Calcutta medical institutions reports 1892-1900
Year: 1892
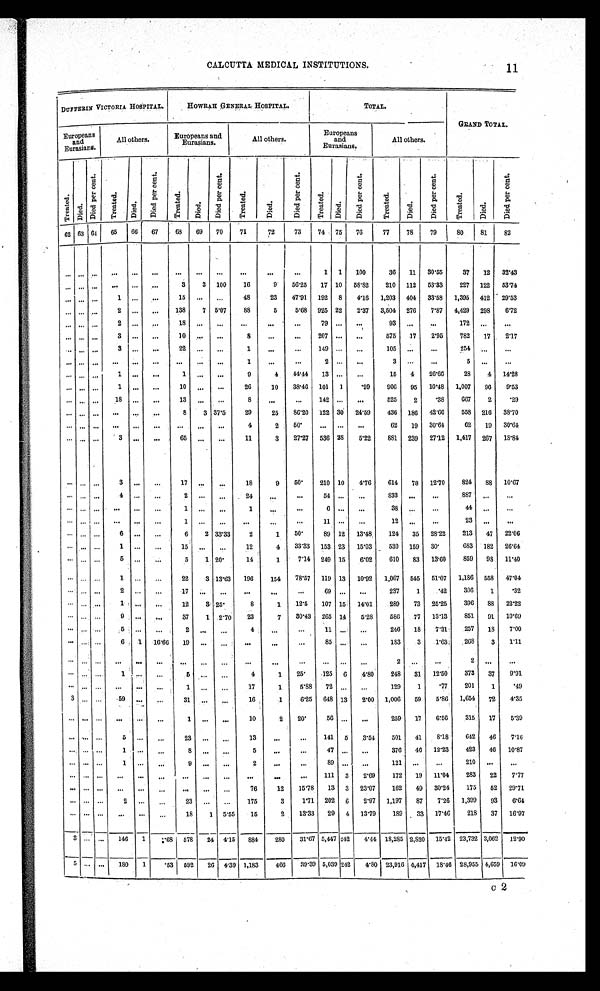
CALCUTTA MEDICAL INSTITUTIONS.
11
DUFFERI N VI CTORI A HOSPI TAL.
HOWRAH GENERAL HOSPITAL.
TOTAL.
GRAND TOTAL.
Europeans
and
Eurasians.
All others.
Europeans and
Eurasians.
All others.
Europeans
and
Eurasians.
All others.
T r e a t e d .
Died.
D i e d p e r c e n t .
T r e a t e d .
Died.
D i e d p e r c e n t .
T r e a t e d .
Di e d .
D i e d p e r c e n t .
T r e a t e d .
Died.
D i e d p e r c e n t .
T r e a t e d .
D i e d .
D i e d p e r c e n t .
T r e a t e d .
D i e d .
D i e d p e r c e n t .
T r e a t e d .
D i e d .
D i e d p e r c e n t .
62 63 64
65
66
67
68
69
70
71
72
73
74
75
76
77
78
79
80
81
82
. . . . . .
. . .
. . .
. . .
. . .
. . .
. . .
. . .
. . .
. . .
. . .
1
1
100
36
11
30.55
37
12
32.43
. . . . . .
. . .
. . .
. . .
. . .
3
3
100
16
9
56.25
17 10
58.82
210
112
53.33
227
122
53.74
. . . . . .
. . .
1 . . .
. . .
15
. . .
. . .
48
23
47.91
192
8
4.16
1,203
404
33.58
1,395
412
29.53
. . . . . .
. . .
2
. . .
. . .
138
7
5.07
88
5
5.68
925 22
2.37
3,504
276
7.87
4,429
298
6.72
. . . . . .
. . .
2
. . .
. . .
18
. . .
. . .
. . .
. . .
. . .
79 . . .
. . .
93
. . .
. . .
172
. . .
. . .
. . . . . .
. . .
3 . . .
. . .
10
. . . . . .
8
. . .
. . .
207 . . .
. . .
575
17
2.95
782
17
2.17
. . .. . .
. . .
3 . . .
. . .
22
. . .
. . .
1
. . .
. . .
149 . . .
. . .
105
. . .
. . .
254
. . .
. . .
. . .. . .
. . .
. . .
. . .
. . .
. . .
. . .
. . .
1
. . .
. . .
2
. . .
. . .
3 . . .
. . .
5
. . .
. . .
. . . . . .
. . .
1
. . .
. . .
1
. . .
. . .
9
4
44.44
13 . . .
. . .
15
4
26.66
28
4
14.28
. . . . . .
. . .
1
. . .
. . .
10
. . .
. . .
26
10
38.46
101
1
. 9 9
906
95
10.48
1,007
96
9.53
. . . . . .
. . .
18
. . .
. . .
13
. . .
. . .
8
. . .
. . .
142 . . .
. . .
525
2
. 3 8 667
2
.29
. . .. . .
. . .
. . . . . .
. . .
8
3 37.5
29
25
86.20
122 30
24.59
436
186
42.66
558
216
38.70
. . . . . .
. . .
. . . . . .
. . .
. . .
. . .
. . .
4
2 50.
. . .
. . . . . .
62
19
30.64
62
19
30.64
. . . . . .
. . .
3 . . .
. . .
65
. . .
. . .
11
3
27.27
536 28
5.22
881
239
27.12
1,417
267
18.84
. . .
. . .
. . .
3
. . .
. . .
17
. . .
. . .
18
9
50.
210 10
4.76
614
78
12.70
824
88
10.67
. . . . . .
. . .
4
. . .
. . .
2
. . .
. . .
24
. . .
. . .
54 . . .
. . .
833
. . .
. . .
887
. . .
. . .
. . .
. . .
. . .
. . .
. . .
. . .
1
. . .
. . .
1
. . .
. . .
6
. . .
. . .
38
. . .
. . .
44
. . .
. . .
. . . . . .
. . .
. . .
. . .
. . .
1
. . .
. . .
. . .
. . .
. . .
11 . . .
. . .
12
. . .
. . .
23
. . .
. . .
. . .
. . .
. . .
6 . . .
. . .
6
2 33.33
2
1
50.
89 12
13.48
124
35
28.22
213
47
22.06
. . .
. . . . . .
1
. . .
. . .
15
. . .
. . .
12
4
33.33
153 23
15.03
530
159
30.
683
182
26.64
. . . . . . . . .
5
. . .
. . .
5
1 20.
14
1
7.14
249 15
6.02
610
83
13.60
859
98
11.40
. . .
. . . . . .
1
. . .
. . .
22
3 13.63
196
154
78.57
119 13
10.92
1,067
545
51.07
1,186
558
47.04
. . .
. . .
. . .
2. . .
. . .
17
. . .
. . .
. . .
. . .
. . .
69
. . .
. . .
237
1
.42
306
1
.32
. . .
. . .
. . .
1. . .
. . .
12
3 25.
8
1
12.5
107 15
14.01
289
73
25.25
396
88
22.22
. . . . . .
. . .
9
. . .
. . .
37
1
2.70
23
7
30.43
265 14
5.28
586
77
13.13
851
91
10.69
. . .
. . .
. . .
5
. . .
. . .
2
. . .
. . .
4
. . .
. . .
1 1
. . .. . .
246
18
7.31
257
18
7.00
. . .
. . . . . . 6
1
16.66
19
. . .
. . .
. . .
. . .
. . .
8 5
. . .. . .
183
3
1.63
268
3
1.11
. . .
. . .
. . .
. . .
. . .. . .
. . . . . .
. . .
. . .
. . .
. . .
. . .
. . .
. . .
2
. . .
. . .
2
. . .
. . .
. . .
. . .
. . .
1
. . .. . .
5 . . .
. . .
4
1
25.
125
6
4.80
248
31
12.50
373
37
9.91
. . .
. . .
. . .
. . .
. . . . . .
1
. . .
. . .
17
1
5.88
72
. . .
. . .
129
1
.77
201
1
.49
3
. . .
. . .
5 9
. . .
. . .
31
. . .
. . .
16
1
6.25
648 13
2.00
1,006
59
5.86
1,654
72
4.35
. . .
. . .
. . .
. . .
. . .
. . .
1 . . .
. . .
10
2
20.
56
. . .
. . .
259
17
6.56
315
17
5.39
. . . . . . . . .
5
. . .
. . .
23
. . .
. . .
13
. . .
. . .
141
5
3.54
501
41
8.18
642
46
7.16
. . .
. . .
. . .
1
. . . . . .
8
. . .
. . .
5
. . .
. . .
47
. . .
. . .
376
46
12.23
423
46
10.87
. . .
. . .
. . .
1
. . . . . .
9 . . .
. . .
2
. . .
. . .
89
. . .
. . .
121
. . .
. . .
210
. . .
. . .
. . . . . . . . .
. . .
. . . . . .
. . .
. . .
. . .
. . .
. . .
. . . 111
3
2.69
172
19
11.04
283
22
7.77
. . .
. . .
. . .
. . .
. . .
. . .
. . .
. . .
. . .
76
12
15.78
13
3
23.07
162
49
30.24
175
52
29.71
. . .
. . .
. . .
2
. . . . . .
23
. . .
. . .
175
3
1.71
202
6
2.97
1,197
87
7.26
1,399
93
6. 64
. . .
. . .
. . .
. . .
. . .
. . .
18
1
5.55
15
2
13.33
29
4
13.79
189
33
17.46
218
37
16.97
3
. . .
. . .
146
1
68
578
24
4.15
884
280
31.67 5,447 242
4.44 18,285 2,820
15.42 23,732 3,062
12.90
5
. . .
. . .
180
1
.53
592
26
4.39 1,183
466
39.39 5,039 242
4.80 23,916 4,417
18.46 28,955 4,659
16.09
C 2